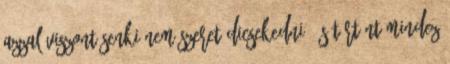
Azzal viszont senki nem szeret dicsekedni. És történt mindez